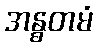
အန္ဓတမံ